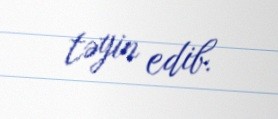
təyin edib.